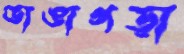
ভাঙাগড়া